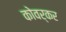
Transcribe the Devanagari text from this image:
कोवर्कर